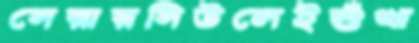
সেরারসিউলেইশুঁখা